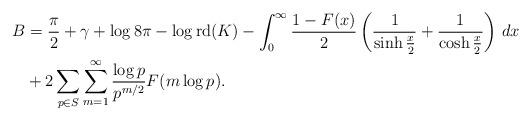
LaTeX: \begin{align*}B &= \frac{\pi}{2} + \gamma + \log{8\pi} - \log \operatorname{rd}(K) - \int_0^\infty \frac{1-F(x)}{2}\left( \frac{1}{\sinh{\frac{x}{2}}} + \frac{1}{\cosh{\frac{x}{2}}} \right) \, dx \\ & + 2 \sum_{p \in S} \sum_{m=1}^\infty \frac{\log p}{p^{m/2}}F(m \log p).\end{align*}